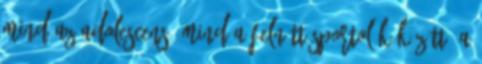
mind az adolescens, mind a felnőtt sportolók között. A